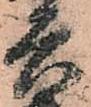
兵